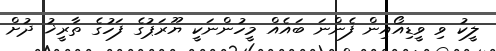
ލީކު ވި ވީޑިއޯއިން ފެންނަ ބައެއް މީހުންނަކީ ޔޫރަޕުގެ ފަހުގެ ތާރީޚު ދުށް